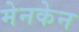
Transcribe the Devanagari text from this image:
मेनकेन